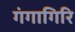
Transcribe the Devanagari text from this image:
गंगागिरि